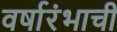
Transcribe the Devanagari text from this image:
वर्षारंभाची